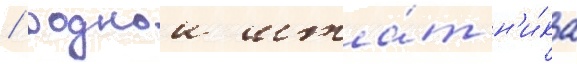
/ роднои шта́т н'и́ка